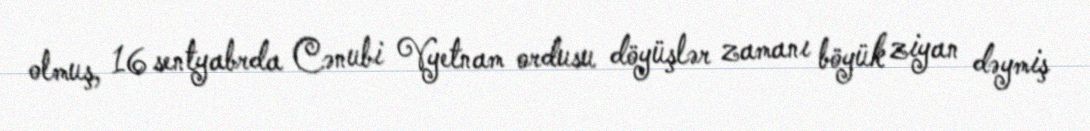
olmuş, 16 sentyabrda Cənubi Vyetnam ordusu döyüşlər zamanı böyük ziyan dəymiş